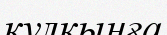
кулқынға